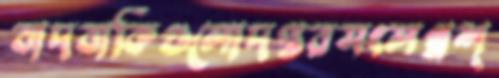
বাদবাকিগুলোদপ্তরসংলগ্নশ্